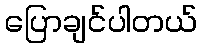
ပြောချင်ပါတယ်